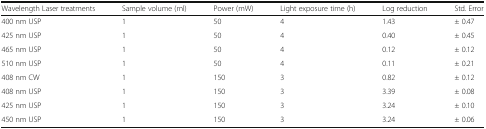
<table><thead><tr><td><b>Wavelength Laser treatments</b></td><td><b>Sample volume (ml)</b></td><td><b>Power (mW)</b></td><td><b>Light exposure time (h)</b></td><td><b>Log reduction</b></td><td><b>Std. Error</b></td></tr></thead><tbody><tr><td>400 nm USP</td><td>1</td><td>50</td><td>4</td><td>1.43</td><td>± 0.47</td></tr><tr><td>425 nm USP</td><td>1</td><td>50</td><td>4</td><td>0.40</td><td>± 0.45</td></tr><tr><td>465 nm USP</td><td>1</td><td>50</td><td>4</td><td>0.12</td><td>± 0.12</td></tr><tr><td>510 nm USP</td><td>1</td><td>50</td><td>4</td><td>0.11</td><td>± 0.21</td></tr><tr><td>408 nm CW</td><td>1</td><td>150</td><td>3</td><td>0.82</td><td>± 0.12</td></tr><tr><td>408 nm USP</td><td>1</td><td>150</td><td>3</td><td>3.39</td><td>± 0.08</td></tr><tr><td>425 nm USP</td><td>1</td><td>150</td><td>3</td><td>3.24</td><td>± 0.10</td></tr><tr><td>450 nm USP</td><td>1</td><td>150</td><td>3</td><td>3.24</td><td>± 0.06</td></tr></tbody></table>